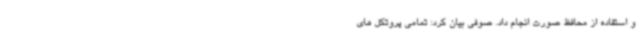
و استفاده از محافظ صورت انجام داد. صوفی بیان کرد: تمامی پروتکل های